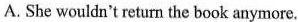
A. She wouldn't return the book anymore.